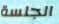
الجلسة